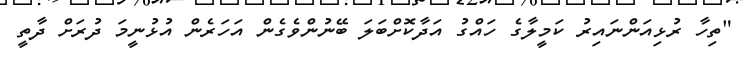
"ތިހާ ރުޅިއަންނައިރު ކަމީލާގެ ހައްގު އަދާކޮށްބަލަ ބޭނުންވެގެން އަހަރެން އުޅުނީމަ ދުރަށް ދާތީ